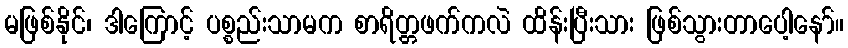
မဖြစ်နိုင်၊ ဒါကြောင့် ပစ္စည်းသာမက စာရိတ္တဖက်ကလဲ ထိန်းပြီးသား ဖြစ်သွားတာပေါ့နော်။